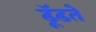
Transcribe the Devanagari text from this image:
ढूॅढते